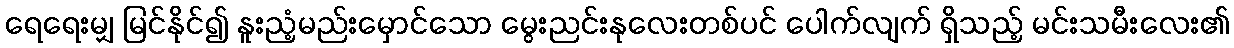
ရေရေးမျှ မြင်နိုင်၍ နူးညံ့မည်းမှောင်သော မွေးညင်းနုလေးတစ်ပင် ပေါက်လျက် ရှိသည့် မင်းသမီးလေး၏